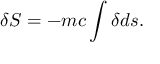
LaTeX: \delta S = - m c \int \delta d s .